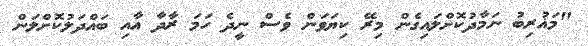
"މަޣުރިބު ނަމާދުކޮށްލައިގެން މިރޭ ކިޔަވަން ވެސް ނީދެ ހަމަ ރާދާ އާއި ބައްދަލުކޮށްލަން